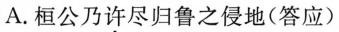
A. 桓公乃许尽归鲁之侵地(答应)